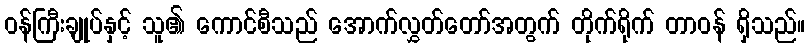
ဝန်ကြီးချုပ်နှင့် သူ၏ ကောင်စီသည် အောက်လွှတ်တော်အတွက် တိုက်ရိုက် တာဝန် ရှိသည်။